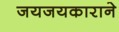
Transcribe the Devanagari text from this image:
जयजयकाराने